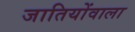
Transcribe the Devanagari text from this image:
जातियोंवाला